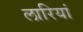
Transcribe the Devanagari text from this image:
लारियां